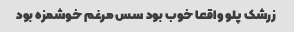
زرشک پلو واقعا خوب بود سس مرغم خوشمزه بود